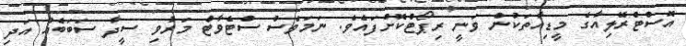
އޮސްޓްރޭލިއާގެ މީޑިއާތަކުން ވަނީ ރިޕޯޓްކޮށްފައެވެ. ނަމަވެސް ސްޓެވާޓް މަރުވި ސީދާ ސަބަބެއް އަދި